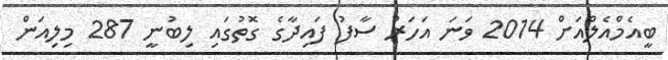
ބީއެމްއެލްއަށް 2014 ވަނަ އަހަރު ސާފު ފައިދާގެ ގޮތުގައި ލިބުނީ 287 މިލިއަން